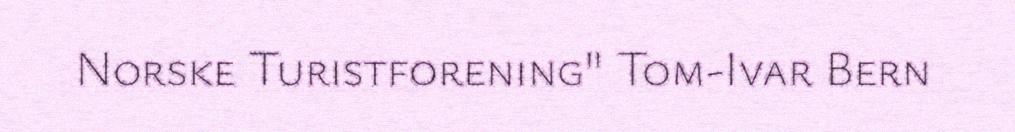
Norske Turistforening" Tom-Ivar Bern